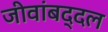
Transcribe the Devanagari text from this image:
जीवांबद्दल